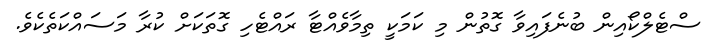
ސްޓެލްކޯއިން ބުނެފައިވާ ގޮތުން މި ކަމަކީ ތިމާވެއްޓާ ރައްޓެހި ގޮތަކަށް ކުރާ މަސައްކަތެކެވެ.